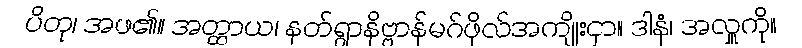
ပိတု၊ အဖ၏။ အတ္ထာယ၊ နတ်ရွာနိဗ္ဗာန်မဂ်ဖိုလ်အကျိုးငှာ။ ဒါနံ၊ အလှူကို။